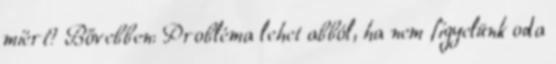
miért? Bővebben: Probléma lehet abból, ha nem figyelünk oda